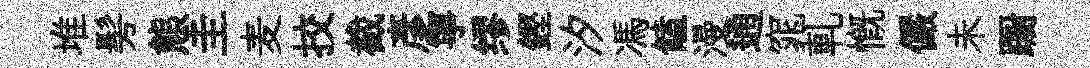
堆髣熊圭麦挍截彦寧缪鏗汐馮饁漫通窕軋慨儼未蹰